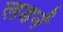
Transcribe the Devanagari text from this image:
लडनें